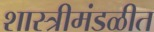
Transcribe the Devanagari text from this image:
शास्त्रीमंडळीत